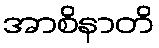
အာစိနာတိ